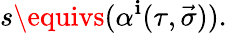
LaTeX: s\equivs(\alpha^{\mathbf{i}}(\tau,\vec{{\sigma}})).